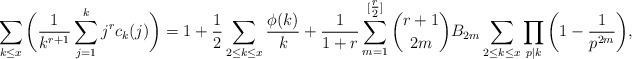
LaTeX: \begin{align*} & \sum_{k \le x} \bigg( \frac{1}{k^{r+1}} \sum_{j=1}^k j^r c_k(j) \bigg) = 1 + \frac{1}{2} \sum_{2 \le k \le x} \frac{\phi(k)}{k} + \frac{1}{1+r} \sum_{m=1}^{[\tfrac{r}{2}]} \binom{r+1}{2m} B_{2m} \sum_{2 \le k \le x} \prod_{p|k} \bigg(1 -\frac{1}{p^{2m}} \bigg), \end{align*}